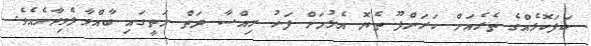
ކަފަކޮޅެއްގެ ތެރެއަށް ކަރަންފޫ ތެޔޮ އެޅުމަށް ފަހު ރިއްސާ ދަތް މަތީގައި ބާއްވާލެވިދާނެއެވެ.